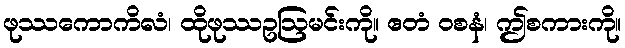
ဖုဿကောကိလံ၊ ထိုဖုဿဥဩမင်းကို။ ဧတံ ဝစနံ၊ ဤစကားကို။